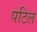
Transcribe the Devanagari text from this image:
पटिल